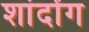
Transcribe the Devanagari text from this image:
शांदोंग